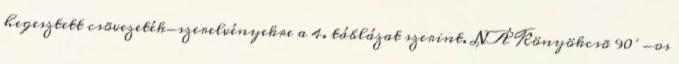
hegesztett csõvezeték-szerelvényekre a 4. táblázat szerint. NÁ Könyökcsõ 90°-os